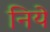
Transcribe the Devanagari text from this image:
निये